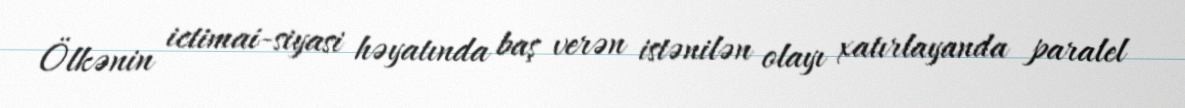
Ölkənin ictimai-siyasi həyatında baş verən istənilən olayı xatırlayanda paralel